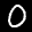
Label: 0